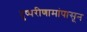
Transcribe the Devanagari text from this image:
दुष्परीणामांपासून